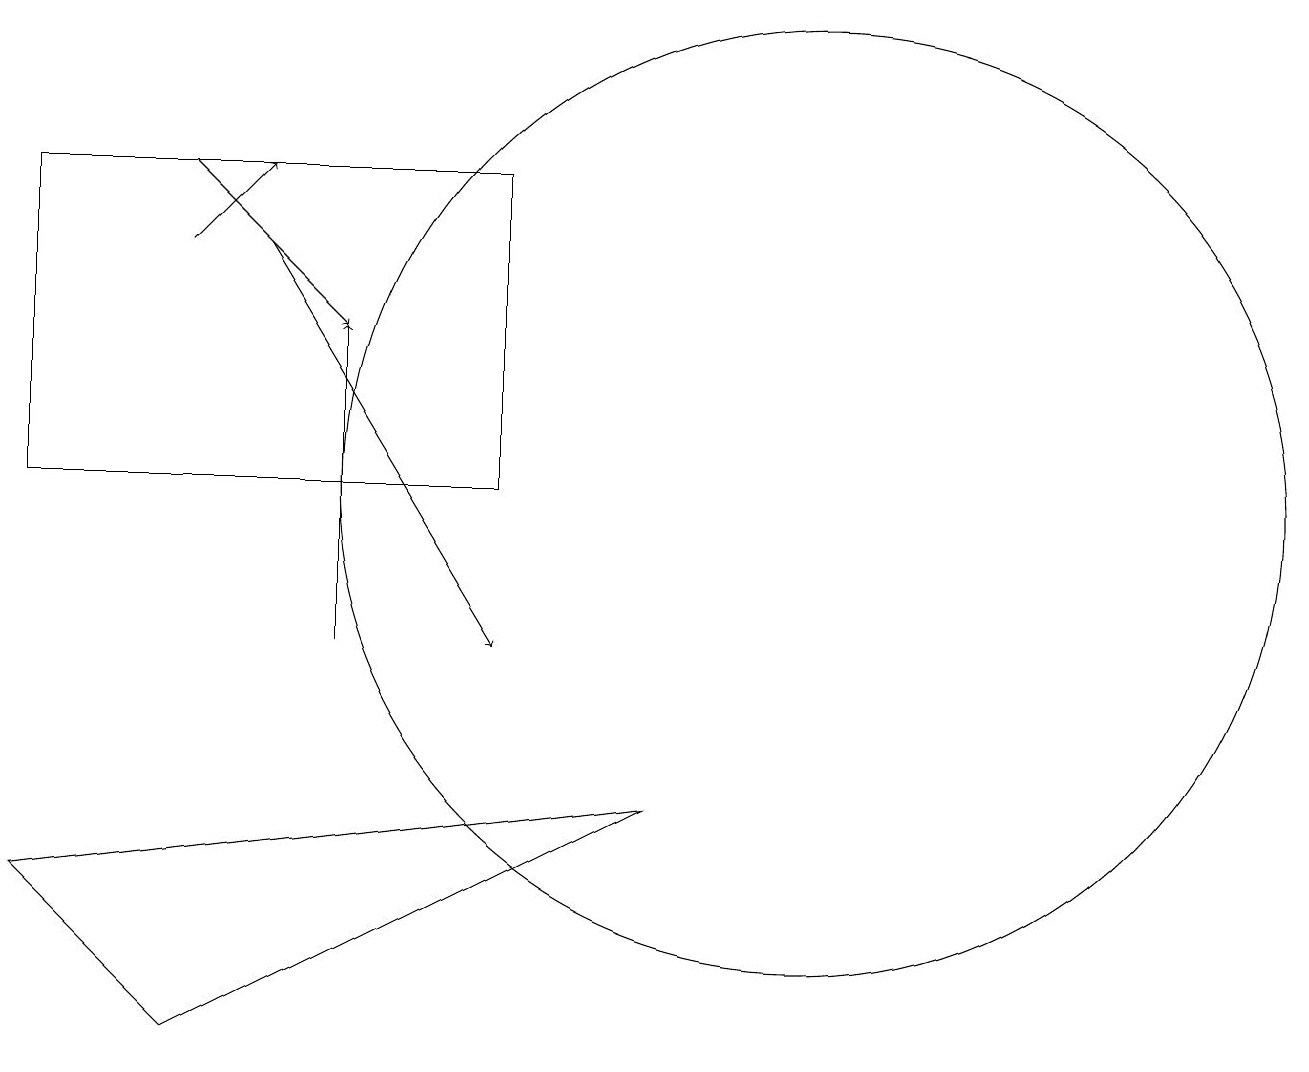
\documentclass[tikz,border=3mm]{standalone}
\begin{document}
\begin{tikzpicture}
\draw (2,5) -- (0,7) -- (8,8) -- cycle;
\draw[->] (2,15) -- (3,16);
\draw[->] (2,16) -- (4,14);
\draw[->] (4,10) -- (4,14);
\draw[->] (3,15) -- (6,10);
\draw (10,12) circle (6);
\draw (6,12) rectangle (0,16);
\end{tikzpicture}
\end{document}